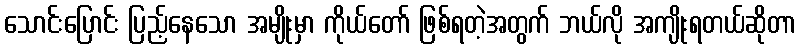
သောင်းပြောင်း ပြည့်နေသော အမျိုးမှာ ကိုယ်တော် ဖြစ်ရတဲ့အတွက် ဘယ်လို အကျိုးရတယ်ဆိုတာ